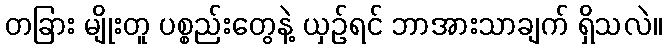
တခြား မျိုးတူ ပစ္စည်းတွေနဲ့ ယှဉ်ရင် ဘာအားသာချက် ရှိသလဲ။